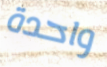
واحدة